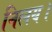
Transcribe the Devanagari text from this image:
निलय।